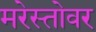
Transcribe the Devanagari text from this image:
मरेस्तोवर